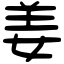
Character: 姜